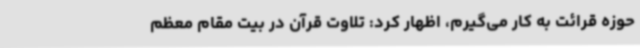
حوزه قرائت به کار می‌گیرم، اظهار کرد: تلاوت قرآن در بیت مقام معظم